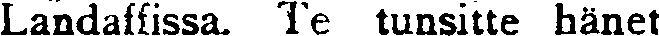
Landaffissa. Te tunsitte hänet